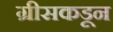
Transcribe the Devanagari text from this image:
ग्रीसकडून